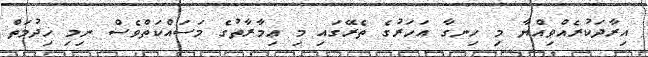
އިރާދަކުރެއްވިއްޔާ މި ހިނގާ އަހަރުގެ ތެރޭގައި މި ޢިމާރާތުގެ މަސައްކަތްވެސް ނިމި ޚިދުމަތް